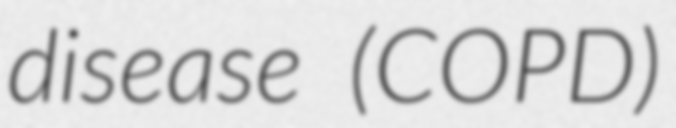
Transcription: disease (COPD)